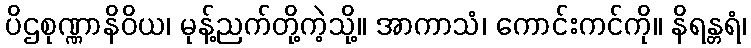
ပိဌစုဏ္ဏာနိဝိယ၊ မုန့်ညက်တို့ကဲ့သို့။ အာကာသံ၊ ကောင်းကင်ကို။ နိရန္တရံ၊